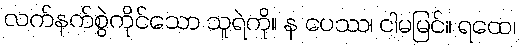
လက်နက်စွဲကိုင်သော သူရဲကို။ န ပေဿ၊ ငါမမြင်။ ရထေ၊